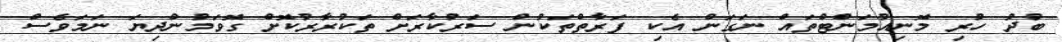
ބުދު ހުރި މޮނިއުމަންޓްތައް ނަގަން އެކި ފަރާތްތަކުން ސަރުކާރަށް ތަކުރާރުކޮށް ގޮވަމުންދިޔަ ނަމަވެސް